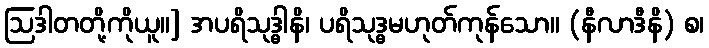
ဩဒါတတို့ကိုယူ။] အပရိသုဒ္ဓါနိ၊ ပရိသုဒ္ဓမဟုတ်ကုန်သော။ (နီလာဒီနိ) စ၊